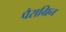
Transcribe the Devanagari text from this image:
पैराग्रिन